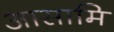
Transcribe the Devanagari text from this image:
आसामि